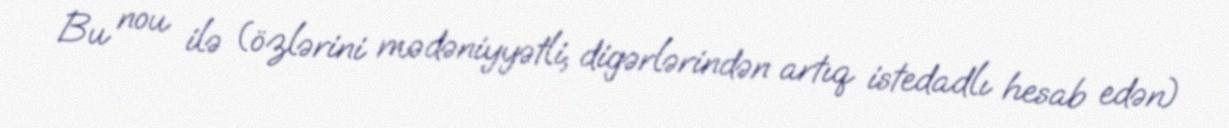
Bu nou ilə (özlərini mədəniyyətli, digərlərindən artıq istedadlı hesab edən)